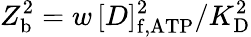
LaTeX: Z_{\mathrm{b}}^{\mathrm{2}}=w\, [D]_{\mathrm{f,ATP}}^{2}/K_{\mathrm{D}}^{2}